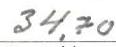
34,70